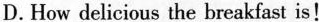
D.How delicious the breakfast is!